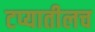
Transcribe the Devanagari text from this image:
टप्यातीलच